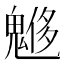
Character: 𩳲